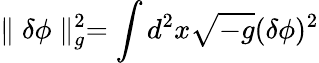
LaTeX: \parallel\delta\phi\parallel_{g}^{2}=\int d^{2}x\sqrt{-g}(\delta\phi)^{2}